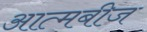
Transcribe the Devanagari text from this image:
आत्मबीज